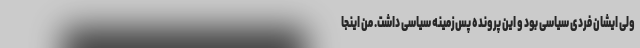
ولی ایشان فردی سیاسی بود و این پرونده پس‌زمینه سیاسی داشت. من اینجا